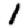
Digit: 1